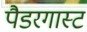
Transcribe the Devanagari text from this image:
पैडरगास्ट